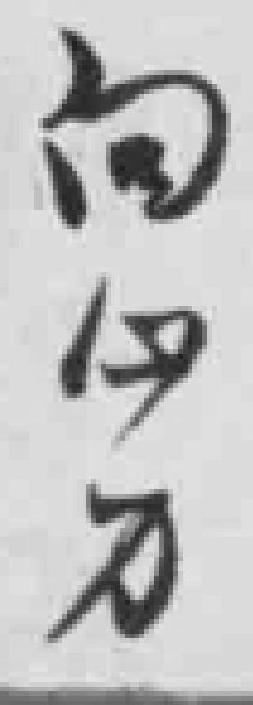
向*刀